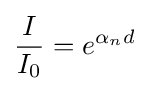
{\frac {I}{I_{0}}}=e^{\alpha _{n}d}